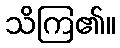
သိကြ၏။